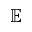
\mathbb { E }